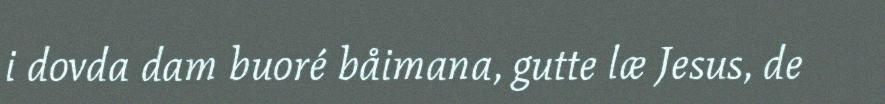
i dovda dam buoré båimana, gutte læ Jesus, de